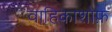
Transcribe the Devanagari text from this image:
वाहिकाशोफ़